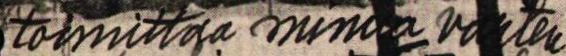
toimittakaa minua varten